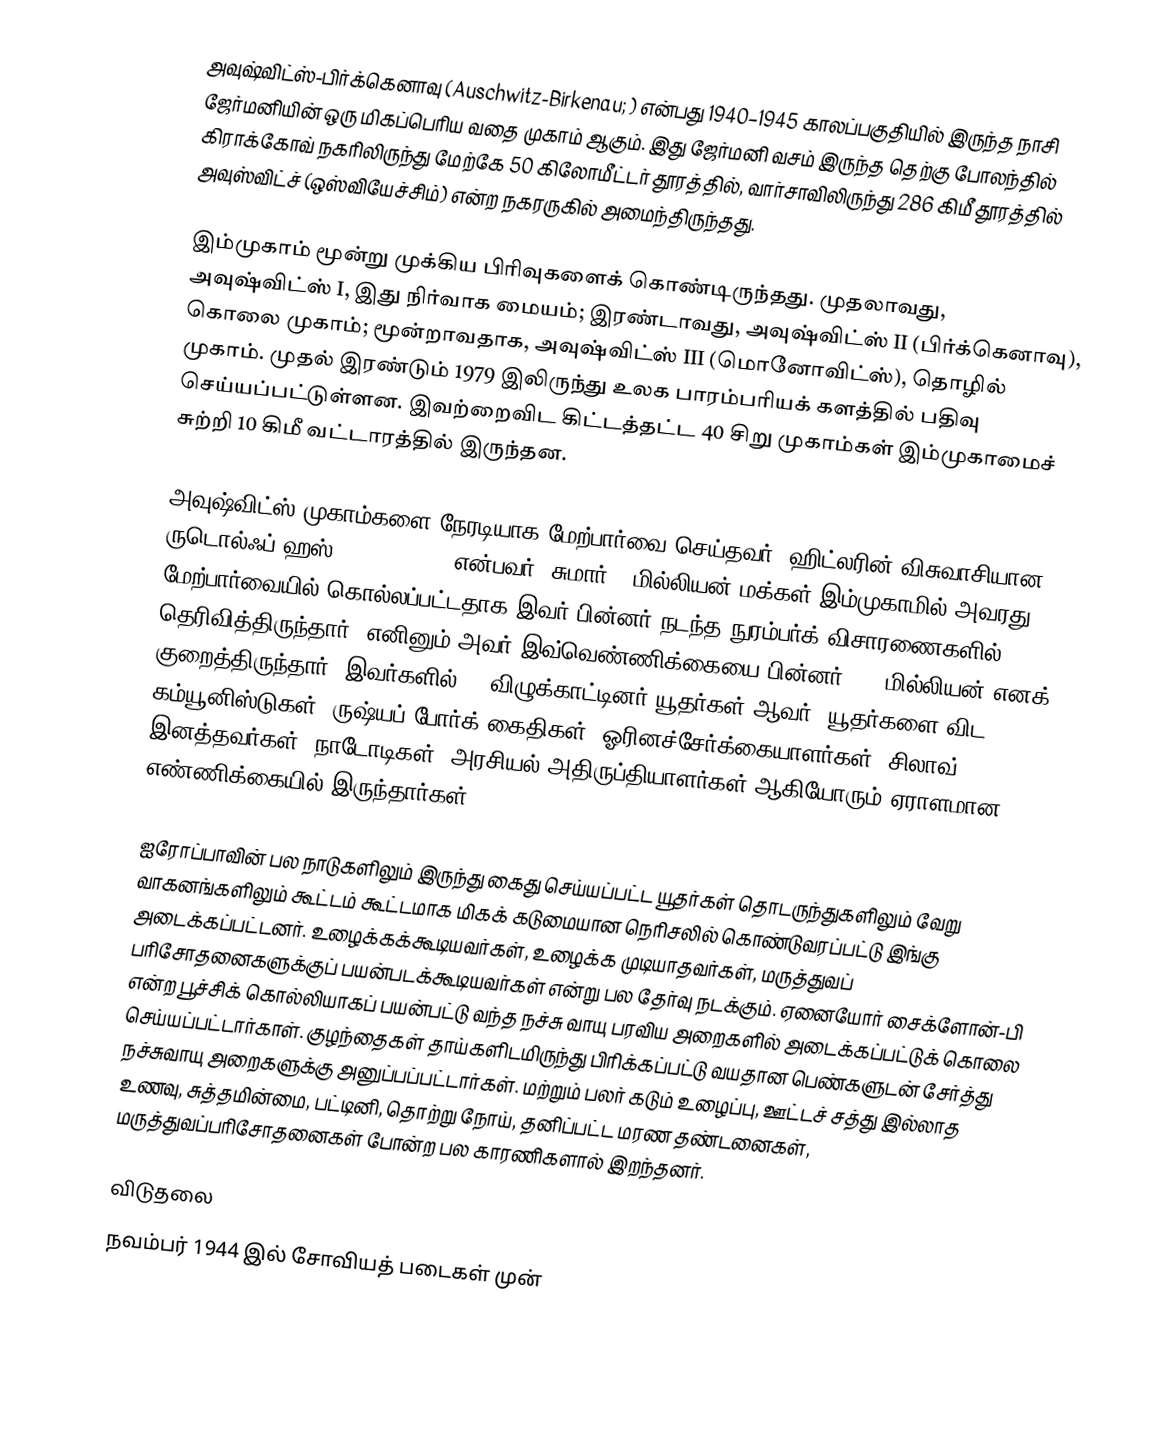
அவுஷ்விட்ஸ்-பிர்க்கெனாவு (Auschwitz-Birkenau; ) என்பது 1940–1945 காலப்பகுதியில் இருந்த நாசி ஜேர்மனியின் ஒரு மிகப்பெரிய வதை முகாம் ஆகும். இது ஜேர்மனி வசம் இருந்த தெற்கு போலந்தில் கிராக்கோவ் நகரிலிருந்து மேற்கே 50 கிலோமீட்டர் தூரத்தில், வார்சாவிலிருந்து 286 கிமீ தூரத்தில் அவுஸ்விட்ச் (ஒஸ்வியேச்சிம்) என்ற நகரருகில் அமைந்திருந்தது.

இம்முகாம் மூன்று முக்கிய பிரிவுகளைக் கொண்டிருந்தது. முதலாவது, அவுஷ்விட்ஸ் I, இது நிர்வாக மையம்; இரண்டாவது, அவுஷ்விட்ஸ் II (பிர்க்கெனாவு), கொலை முகாம்; மூன்றாவதாக, அவுஷ்விட்ஸ் III (மொனோவிட்ஸ்), தொழில் முகாம். முதல் இரண்டும் 1979 இலிருந்து உலக பாரம்பரியக் களத்தில் பதிவு செய்யப்பட்டுள்ளன. இவற்றைவிட கிட்டத்தட்ட 40 சிறு முகாம்கள் இம்முகாமைச் சுற்றி 10 கிமீ வட்டாரத்தில் இருந்தன.

அவுஷ்விட்ஸ் முகாம்களை நேரடியாக மேற்பார்வை செய்தவர், ஹிட்லரின் விசுவாசியான ருடொல்ஃப் ஹஸ் (Rudolf Höß) என்பவர். சுமார் 3 மில்லியன் மக்கள் இம்முகாமில் அவரது மேற்பார்வையில் கொல்லப்பட்டதாக இவர் பின்னர் நடந்த நுரம்பர்க் விசாரணைகளில் தெரிவித்திருந்தார். எனினும் அவர் இவ்வெண்ணிக்கையை பின்னர் 1.1 மில்லியன் எனக் குறைத்திருந்தார். இவர்களில் 90 விழுக்காட்டினர் யூதர்கள் ஆவர். யூதர்களை விட கம்யூனிஸ்டுகள், ருஷ்யப் போர்க் கைதிகள், ஓரினச்சேர்க்கையாளர்கள், சிலாவ் இனத்தவர்கள், நாடோடிகள், அரசியல் அதிருப்தியாளர்கள் ஆகியோரும் ஏராளமான எண்ணிக்கையில் இருந்தார்கள்.

ஐரோப்பாவின் பல நாடுகளிலும் இருந்து கைது செய்யப்பட்ட யூதர்கள் தொடருந்துகளிலும் வேறு வாகனங்களிலும் கூட்டம் கூட்டமாக மிகக் கடுமையான நெரிசலில் கொண்டுவரப்பட்டு இங்கு அடைக்கப்பட்டனர். உழைக்கக்கூடியவர்கள், உழைக்க முடியாதவர்கள், மருத்துவப் பரிசோதனைகளுக்குப் பயன்படக்கூடியவர்கள் என்று பல தேர்வு நடக்கும். ஏனையோர் சைக்ளோன்-பி என்ற பூச்சிக் கொல்லியாகப் பயன்பட்டு வந்த நச்சு வாயு பரவிய அறைகளில் அடைக்கப்பட்டுக் கொலை செய்யப்பட்டார்காள். குழந்தைகள் தாய்களிடமிருந்து பிரிக்கப்பட்டு வயதான பெண்களுடன் சேர்த்து நச்சுவாயு அறைகளுக்கு அனுப்பப்பட்டார்கள். மற்றும் பலர் கடும் உழைப்பு, ஊட்டச் சத்து இல்லாத உணவு, சுத்தமின்மை, பட்டினி, தொற்று நோய், தனிப்பட்ட மரண தண்டனைகள், மருத்துவப்பரிசோதனைகள் போன்ற பல காரணிகளால் இறந்தனர்.

விடுதலை
நவம்பர் 1944 இல் சோவியத் படைகள் முன்